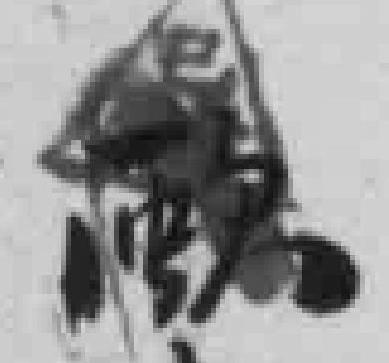
歐